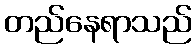
တည်နေရာသည်